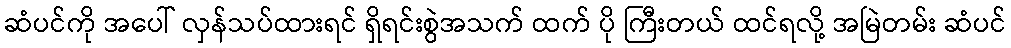
ဆံပင်ကို အပေါ် လှန်သပ်ထားရင် ရှိရင်းစွဲအသက် ထက် ပို ကြီးတယ် ထင်ရလို့ အမြဲတမ်း ဆံပင်